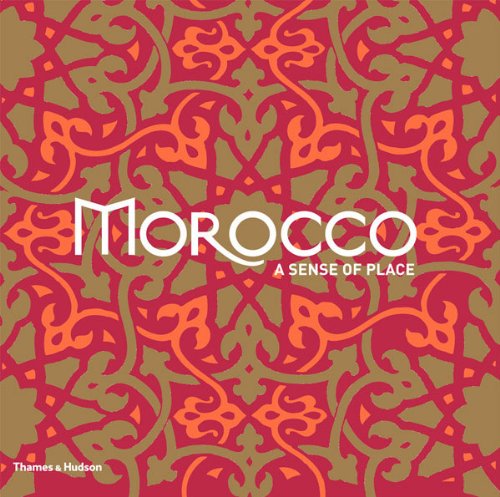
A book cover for Morocco: A Sense of Place; Marie-Pascale Rauzier; Travel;